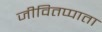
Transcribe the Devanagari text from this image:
जीवितप्पाता